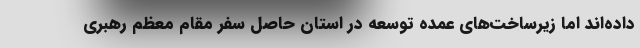
داده‌اند اما زیرساخت‌های عمده توسعه در استان حاصل سفر مقام معظم رهبری